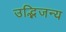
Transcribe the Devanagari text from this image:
उद्भिजन्य